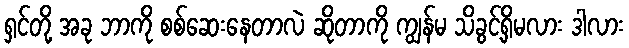
ရှင်တို့ အခု ဘာကို စစ်ဆေးနေတာလဲ ဆိုတာကို ကျွန်မ သိခွင့်ရှိမလား ဒါလား